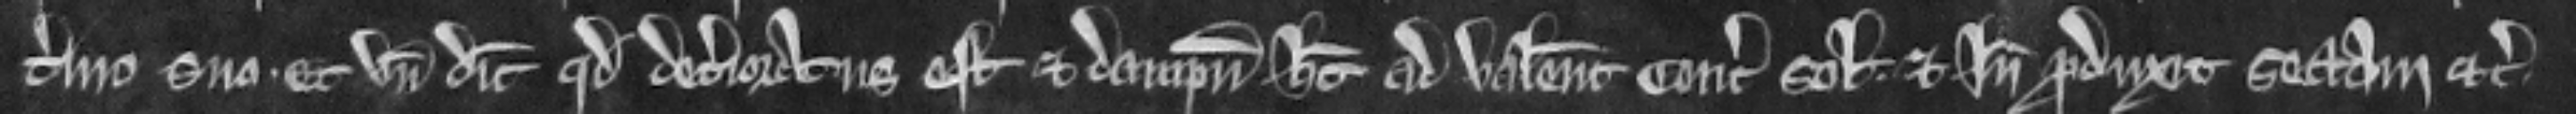
termino suo. Et unde dicit quod deterioratus est et dampnum habet ad valenciam centum solidorum. Et inde produxit sectam etc.